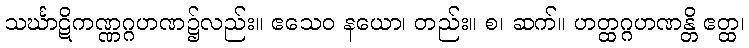
သင်္ဃာဋိကဏ္ဏဂ္ဂဟဏ၌လည်း။ ဧသေဝ နယော၊ တည်း။ စ၊ ဆက်။ ဟတ္ထဂ္ဂဟဏန္တိ ဧတ္ထ၊